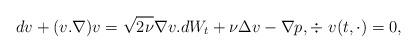
LaTeX: \begin{align*}d v +(v.\nabla )v =\sqrt{2\nu} \nabla v .dW_t + \nu \Delta v -\nabla p,\div ~v(t,\cdot)=0,\end{align*}